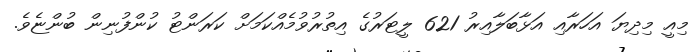
މިއީ މިދިޔަ އަހަރާއި އަޅާބަލާއިރު 621 ލީޓަރުގެ އިތުރުވުމެއްކަމަށް ކަރަންޓު ކުންފުނިން ބުންޏެވެ.